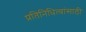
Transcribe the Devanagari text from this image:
प्रतिनिधित्वांसाठी